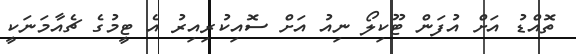
ތޮއްޑު އަށް އުފަން ޓޫކިލޯ ނިއު އަށް ސޮއިކުރިއިރު އެ ޓީމުގެ ޗެއާމަނަކީ